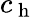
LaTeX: c_{\mathrm{~h~}}